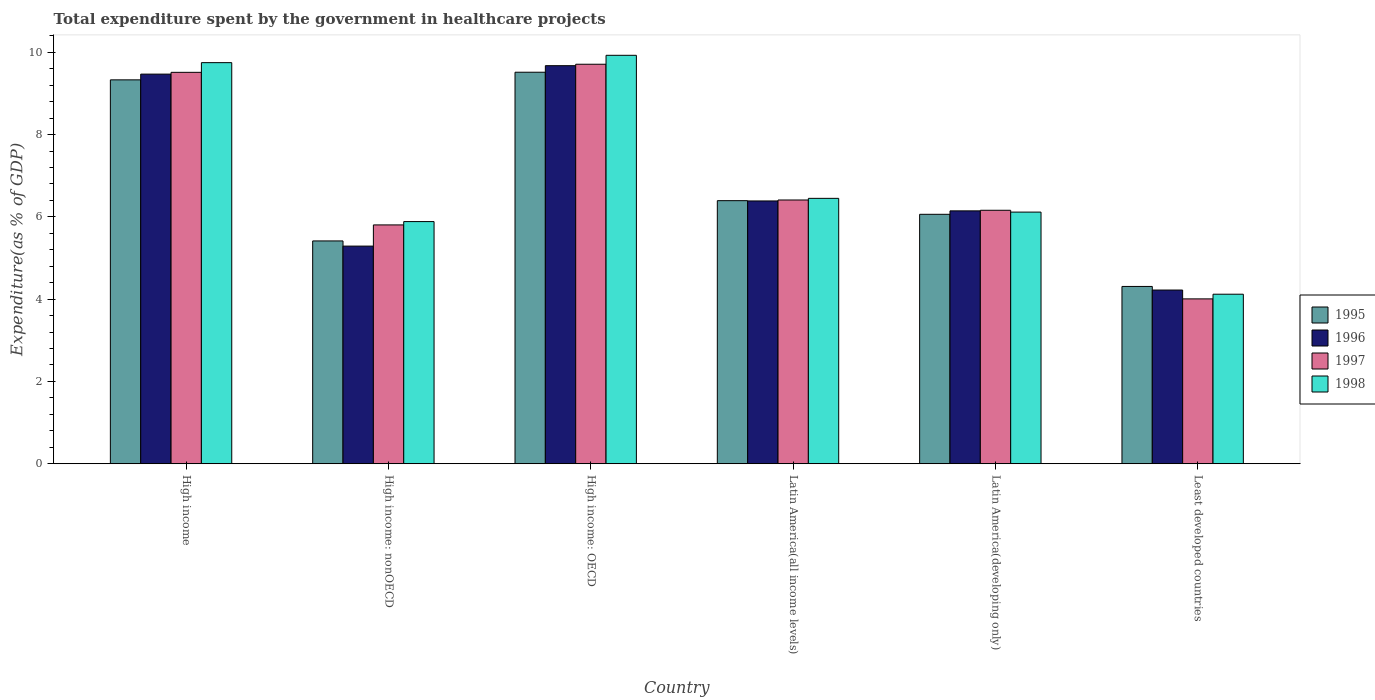
| Country | 1995 | 1996 | 1997 | 1998 |
 | --- | --- | --- | --- | --- |
 | High income | 9.33 | 9.47 | 9.51 | 9.75 |
 | High income: nonOECD | 5.41 | 5.29 | 5.8 | 5.88 |
 | High income: OECD | 9.51 | 9.67 | 9.71 | 9.93 |
 | Latin America(all income levels) | 6.39 | 6.39 | 6.41 | 6.45 |
 | Latin America(developing only) | 6.06 | 6.15 | 6.16 | 6.12 |
 | Least developed countries | 4.31 | 4.22 | 4.01 | 4.12 |